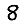
Digit: 8